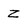
Character: Z